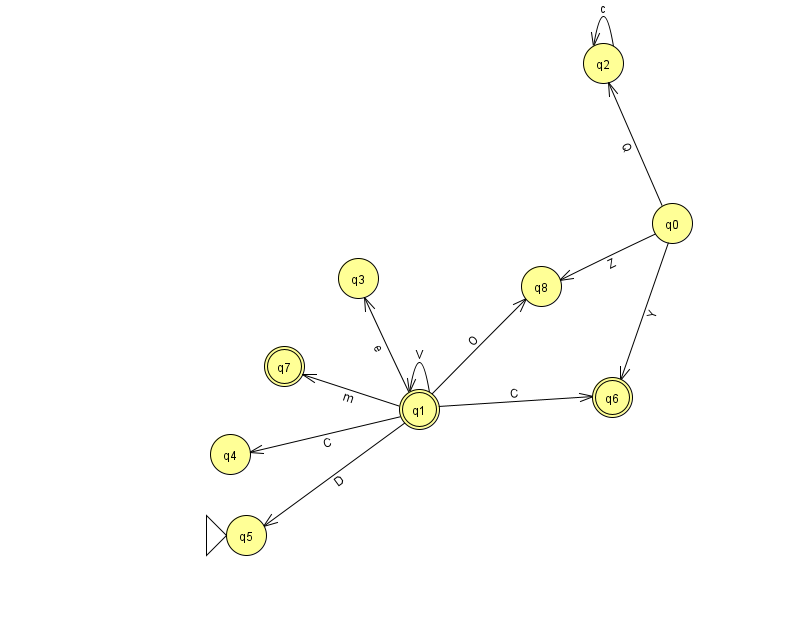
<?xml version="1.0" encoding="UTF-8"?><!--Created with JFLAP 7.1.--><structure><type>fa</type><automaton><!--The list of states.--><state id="0" name="q0"><x>672.0</x><y>210.0</y></state><state id="1" name="q1"><x>419.0</x><y>396.0</y><final/></state><state id="2" name="q2"><x>603.0</x><y>50.0</y></state><state id="3" name="q3"><x>358.0</x><y>265.0</y></state><state id="4" name="q4"><x>230.0</x><y>441.0</y></state><state id="5" name="q5"><x>246.0</x><y>522.0</y><initial/></state><state id="6" name="q6"><x>612.0</x><y>384.0</y><final/></state><state id="7" name="q7"><x>284.0</x><y>353.0</y><final/></state><state id="8" name="q8"><x>541.0</x><y>273.0</y></state><!--The list of transitions.--><transition><from>1</from><to>3</to><read>e</read></transition><transition><from>1</from><to>5</to><read>D</read></transition><transition><from>1</from><to>8</to><read>O</read></transition><transition><from>2</from><to>2</to><read>c</read></transition><transition><from>1</from><to>4</to><read>C</read></transition><transition><from>0</from><to>6</to><read>Y</read></transition><transition><from>1</from><to>1</to><read>V</read></transition><transition><from>1</from><to>6</to><read>C</read></transition><transition><from>1</from><to>7</to><read>m</read></transition><transition><from>0</from><to>2</to><read>Q</read></transition><transition><from>0</from><to>8</to><read>Z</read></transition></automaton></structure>